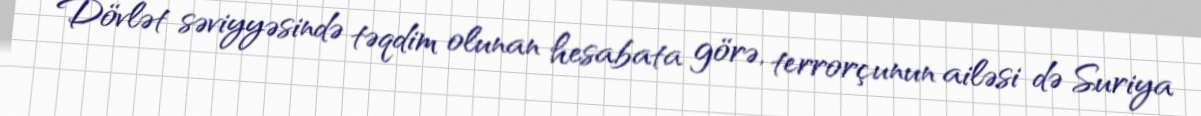
Dövlət səviyyəsində təqdim olunan hesabata görə, terrorçunun ailəsi də Suriya